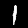
Digit: 1